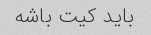
باید کیت باشه